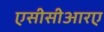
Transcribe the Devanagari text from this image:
एसीसीआरए